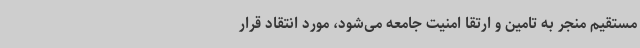
مستقیم منجر به تامین و ارتقا امنیت جامعه می‌شود، مورد انتقاد قرار